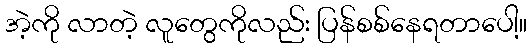
အဲ့ကို လာတဲ့ လူတွေကိုလည်း ပြန်စစ်နေရတာပေါ့။